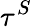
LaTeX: \tau^{S}